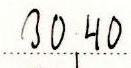
30,40